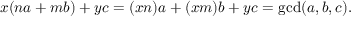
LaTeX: x ( n a + m b ) + y c = ( x n ) a + ( x m ) b + y c = \operatorname* { g c d } ( a , b , c ) .